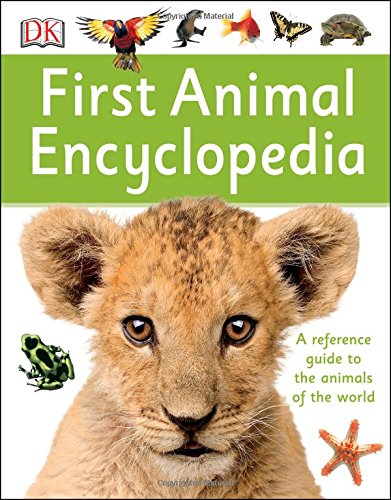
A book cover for First Animal Encyclopedia; DK Publishing; Reference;